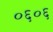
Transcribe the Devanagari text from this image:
०६०६